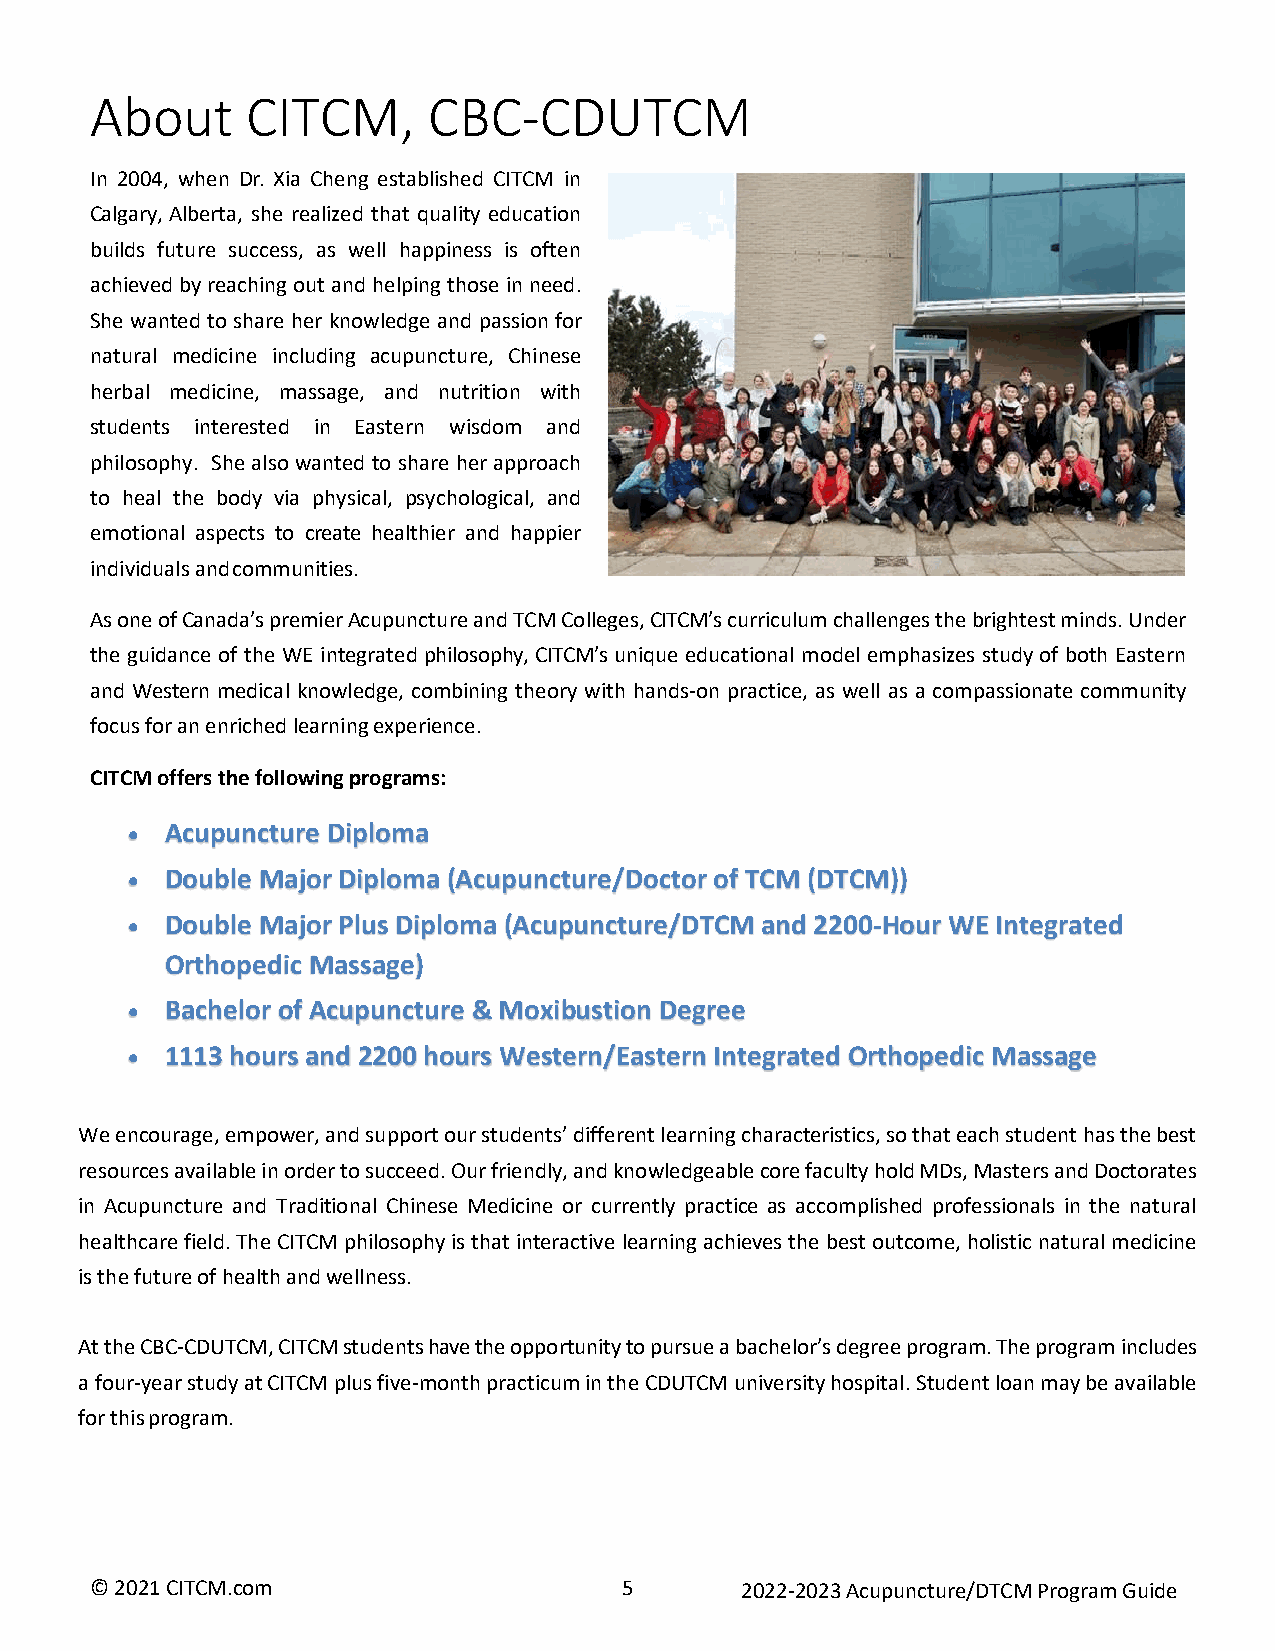
About     CITCM,      CBC-CDUTCM
 In 2004, when Dr. Xia Cheng established CITCM in
 Calgary, Alberta, she realized that quality education
 builds future success, as well happiness is often
 achieved by reaching out and helping those in need.
 She wanted to share her knowledge and passion for
 natural medicine including acupuncture, Chinese
 herbal medicine, massage, and nutrition with
 students interested in Eastern wisdom and
 philosophy. She also wanted to share her approach
 to heal the body via physical, psychological, and
 emotional aspects to create healthier and happier
 individuals and communities.
 As one of Canada’s premier Acupuncture and TCM Colleges, CITCM’s curriculum challenges the brightest minds. Under
 the guidance of the WE integrated philosophy, CITCM’s unique educational model emphasizes study of both Eastern
 and Western medical knowledge, combining theory with hands-on practice, as well as a compassionate community
 focus for an enriched learning experience.
 CITCM offers the following programs:
 •  Acupuncture Diploma
 •  Double Major Diploma (Acupuncture/Doctor of TCM (DTCM))
 •  Double Major Plus Diploma (Acupuncture/DTCM and 2200-Hour WE Integrated
 Orthopedic Massage)
 •  Bachelor of Acupuncture & Moxibustion Degree
 •  1113 hours and 2200 hours Western/Eastern Integrated Orthopedic Massage
 We encourage, empower, and support our students’ different learning characteristics, so that each student has the best
 resources available in order to succeed. Our friendly, and knowledgeable core faculty hold MDs, Masters and Doctorates
 in Acupuncture and Traditional Chinese Medicine or currently practice as accomplished professionals in the natural
 healthcare field. The CITCM philosophy is that interactive learning achieves the best outcome, holistic natural medicine
 is the future of health and wellness.
 At the CBC-CDUTCM, CITCM students have the opportunity to pursue a bachelor’s degree program. The program includes
 a four-year study at CITCM plus five-month practicum in the CDUTCM university hospital. Student loan may be available
 for this program.
 © 2021 CITCM.com                   5       2022-2023 Acupuncture/DTCM Program Guide